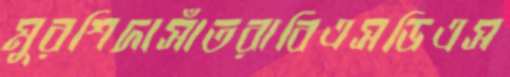
মুরশিদাসাঁতরাবিএসডিএস